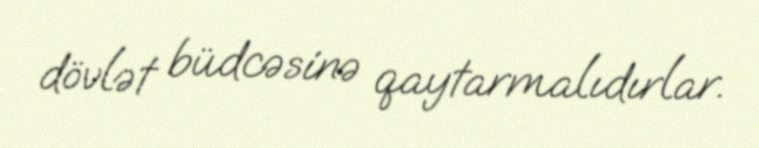
dövlət büdcəsinə qaytarmalıdırlar.